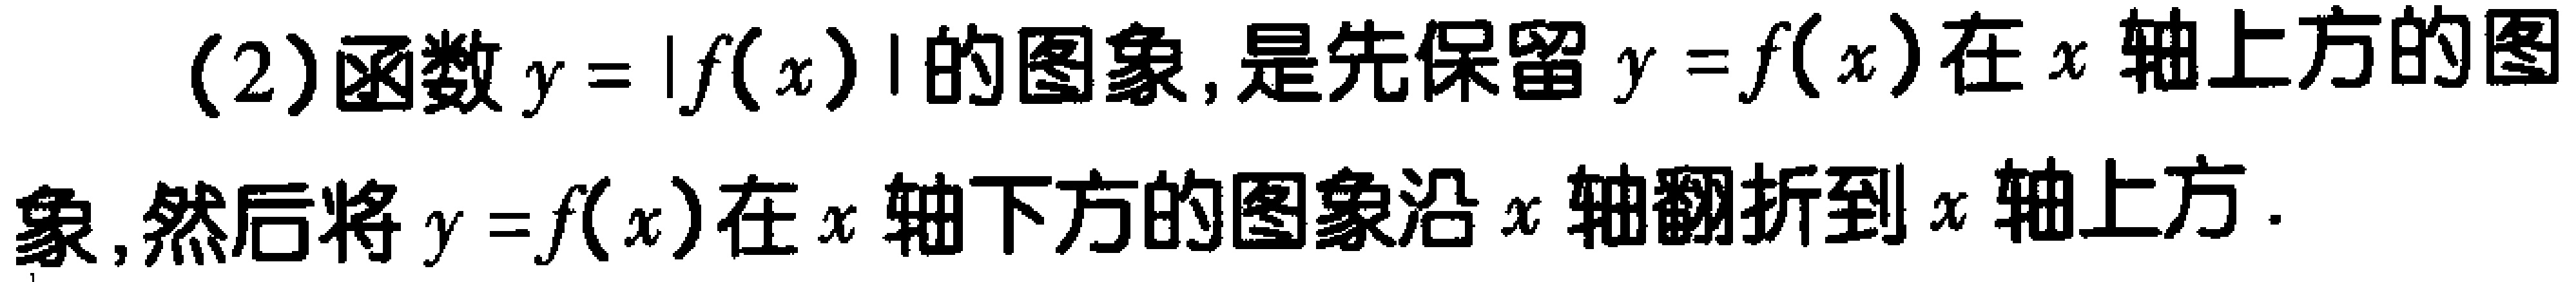
(2)函数\(y = |f(x)|\)的图象,是先保留\(y = f(x)\)在\(x\)轴上方的图象,然后将\(y = f(x)\)在\(x\)轴下方的图象沿\(x\)轴翻折到\(x\)轴上方.